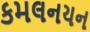
કમલનયન